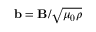
{ \bf b } = { \bf B } / \sqrt { \mu _ { 0 } \rho }